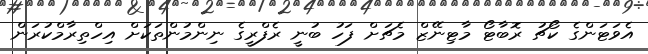
އެވަޓަންގެ ކޯޗު ރޮބާޓޯ މާޓިނޭޒް މެޗަށް ފަހު ބުނީ ރެފްރީގެ ނިންމުންތަކަށް އިހްތިރާމްކުރަން